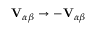
\mathbf { V } _ { \alpha \beta } \to - \mathbf { V } _ { \alpha \beta }